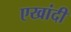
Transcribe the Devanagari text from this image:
एखांदी